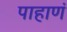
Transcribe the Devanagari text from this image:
पाहाणं